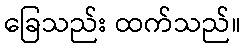
ခြေသည်း ထက်သည်။